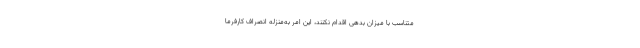
متناسب با میزان بدهی اقدام نکنند، این امر به‌منزله انصراف کارفرما